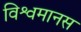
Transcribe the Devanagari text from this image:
विश्वमानस